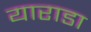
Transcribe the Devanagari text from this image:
याराडा